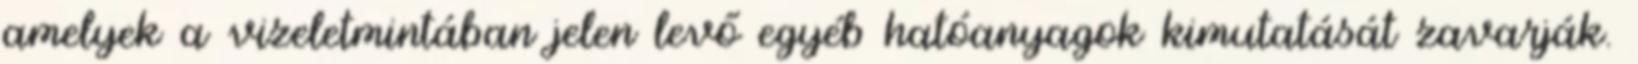
amelyek a vizeletmintában jelen levő egyéb hatóanyagok kimutatását zavarják.